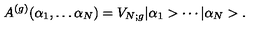
A ^ { ( g ) } ( \alpha _ { 1 } , \ldots \alpha _ { N } ) = V _ { N ; g } | \alpha _ { 1 } > \cdots | \alpha _ { N } > .